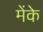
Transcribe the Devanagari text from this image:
मेंके